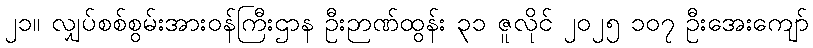
၂၁။ လျှပ်စစ်စွမ်းအားဝန်ကြီးဌာန ဦးဉာဏ်ထွန်း ၃၁ ဇူလိုင် ၂၀၂၅ ၁၀၇ ဦးအေးကျော်